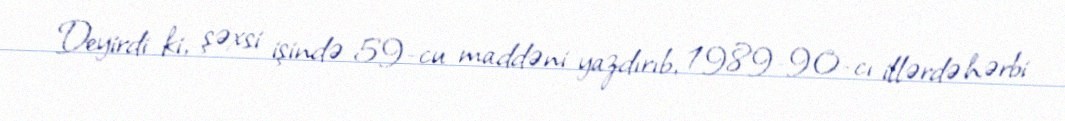
Deyirdi ki, şəxsi işində 59-cu maddəni yazdırıb, 1989-90-cı illərdə hərbi